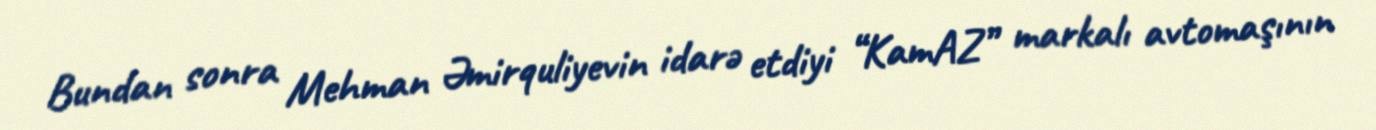
Bundan sonra Mehman Əmirquliyevin idarə etdiyi “KamAZ” markalı avtomaşının